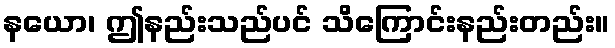
နယော၊ ဤနည်းသည်ပင် သိကြောင်းနည်းတည်း။